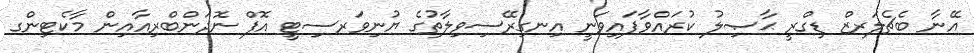
އޭނާ ބެޗެލަރޒް ޑިގްރީ ޙާޞިލު ކުރައްވާފައިވަނީ އިނގިރޭސިވިލާތުގެ ޔުނިވަރސިޓީ އޮފް ނޮދަންބްރިއާއިން މާކެޓިންގ